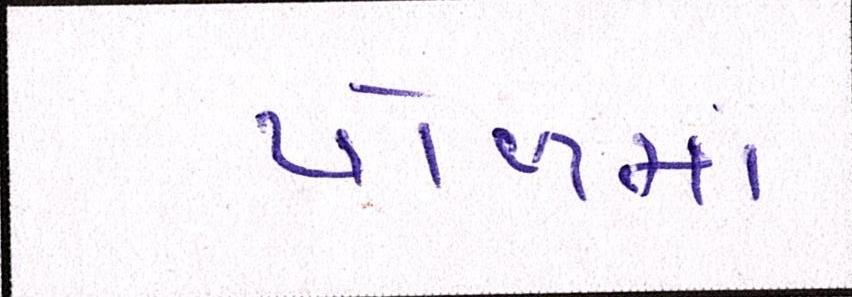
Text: પોળમાં